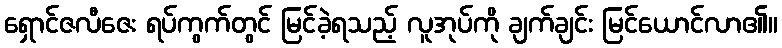
ရှောင်ဇလီဇေး ရပ်ကွက်တွင် မြင်ခဲ့ရသည့် လူအုပ်ကို ချက်ချင်း မြင်ယောင်လာ၏။